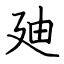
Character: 廸